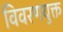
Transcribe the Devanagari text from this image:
विवरणयुक्त